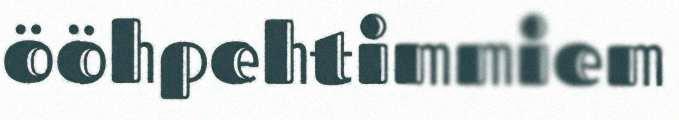
ööhpehtimmiem